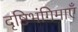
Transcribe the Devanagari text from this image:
दृष्टिभंगिमाएँ